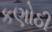
કણોઠી